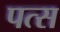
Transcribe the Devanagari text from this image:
पत्स